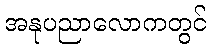
အနုပညာလောကတွင်